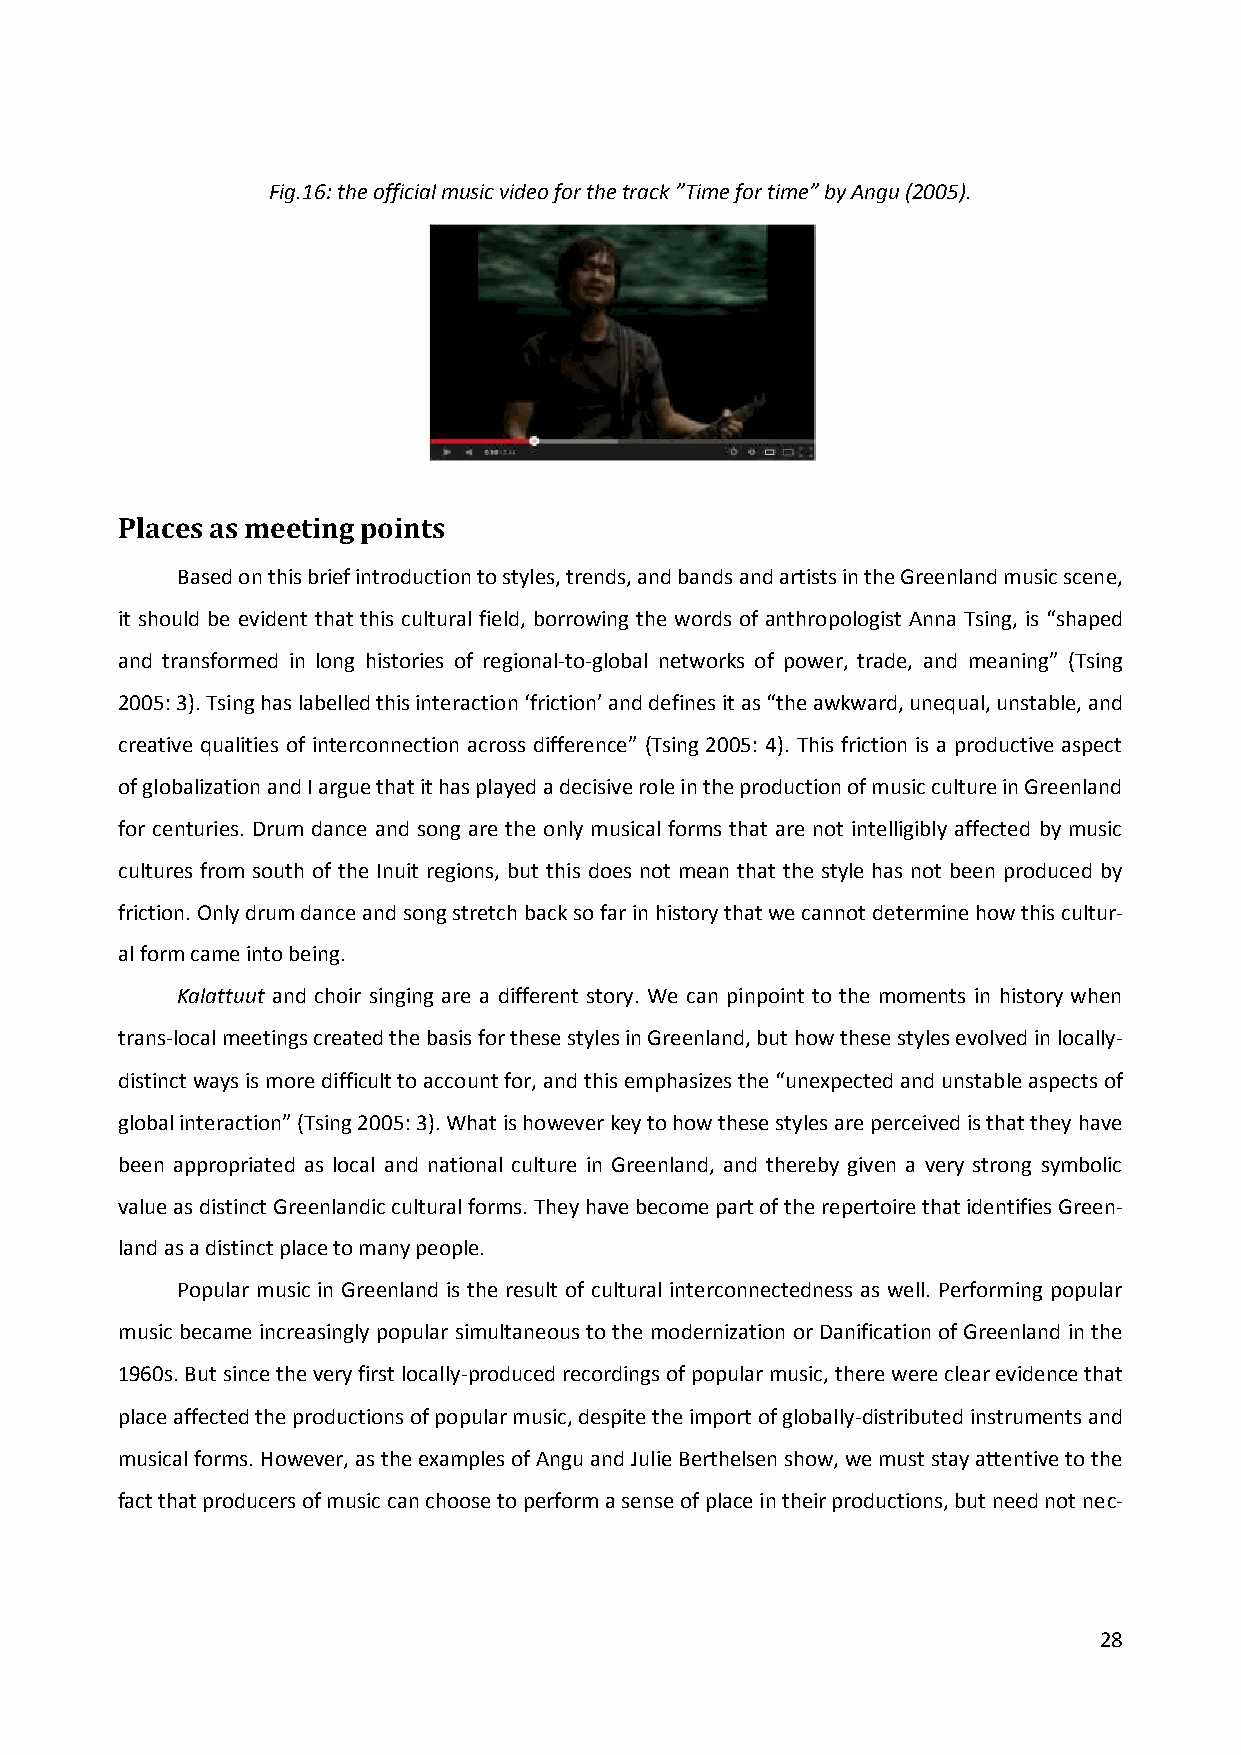
Fig.16: the official music video for the track ”Time for time” by Angu (2005).
 Places as meeting points
 Based on this brief introduction to styles, trends, and bands and artists in the Greenland music scene,
 it should be evident that this cultural field, borrowing the words of anthropologist Anna Tsing, is “shaped
 and transformed in long histories of regional-to-global networks of power, trade, and meaning” (Tsing
 2005: 3). Tsing has labelled this interaction ‘friction’ and defines it as “the awkward, unequal, unstable, and
 creative qualities of interconnection across difference” (Tsing 2005: 4). This friction is a productive aspect
 of globalization and I argue that it has played a decisive role in the production of music culture in Greenland
 for centuries. Drum dance and song are the only musical forms that are not intelligibly affected by music
 cultures from south of the Inuit regions, but this does not mean that the style has not been produced by
 friction. Only drum dance and song stretch back so far in history that we cannot determine how this cultur-
 al form came into being.
 Kalattuut and choir singing are a different story. We can pinpoint to the moments in history when
 trans-local meetings created the basis for these styles in Greenland, but how these styles evolved in locally-
 distinct ways is more difficult to account for, and this emphasizes the “unexpected and unstable aspects of
 global interaction” (Tsing 2005: 3). What is however key to how these styles are perceived is that they have
 been appropriated as local and national culture in Greenland, and thereby given a very strong symbolic
 value as distinct Greenlandic cultural forms. They have become part of the repertoire that identifies Green-
 land as a distinct place to many people.
 Popular music in Greenland is the result of cultural interconnectedness as well. Performing popular
 music became increasingly popular simultaneous to the modernization or Danification of Greenland in the
 1960s. But since the very first locally-produced recordings of popular music, there were clear evidence that
 place affected the productions of popular music, despite the import of globally-distributed instruments and
 musical forms. However, as the examples of Angu and Julie Berthelsen show, we must stay attentive to the
 fact that producers of music can choose to perform a sense of place in their productions, but need not nec-
 28